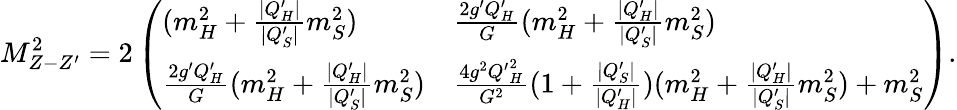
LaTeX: M_{Z-Z^{\prime}}^{2}=2\left(\begin{array}{ll}{{(m_{H}^{2}+{\frac{|Q_{H}^{\prime}|}{|Q_{S}^{\prime}|}}m_{S}^{2})}}&{{{\frac{2g^{\prime}Q_{H}^{\prime}}{G}}(m_{H}^{2}+{\frac{|Q_{H}^{\prime}|}{|Q_{S}^{\prime}|}}m_{S}^{2})}}\\ {{{\frac{2g^{\prime}Q_{H}^{\prime}}{G}}(m_{H}^{2}+{\frac{|Q_{H}^{\prime}|}{|Q_{S}^{\prime}|}}m_{S}^{2})}}&{{{\frac{4g^{2}{Q^{\prime}}_{H}^{2}}{G^{2}}}(1+{\frac{|Q_{S}^{\prime}|}{|Q_{H}^{\prime}|}})(m_{H}^{2}+{\frac{|Q_{H}^{\prime}|}{|Q_{S}^{\prime}|}}m_{S}^{2})+m_{S}^{2}}}\end{array}\right).